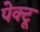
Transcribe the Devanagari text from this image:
पेक्टू